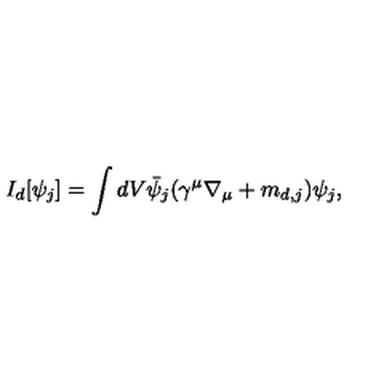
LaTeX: I _ { d } [ \psi _ { j } ] = \int d V \bar { \psi } _ { j } ( \gamma ^ { \mu } \nabla _ { \mu } + m _ { d , j } ) \psi _ { j } ,